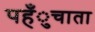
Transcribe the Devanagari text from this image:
पहँुचाता